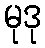
မုဒု